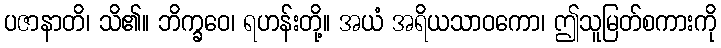
ပဇာနာတိ၊ သိ၏။ ဘိက္ခဝေ၊ ရဟန်းတို့။ အယံ အရိယသာဝကော၊ ဤသူမြတ်စကားကို